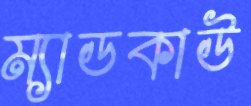
ম্যাডকাউ